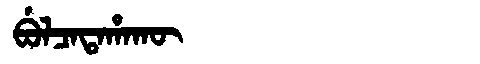
Manchu: ᠪᡠᠯᠴᠠᡨᠠᡥᠠᡴᡡ
Romanization: BULCATAHAKŪ